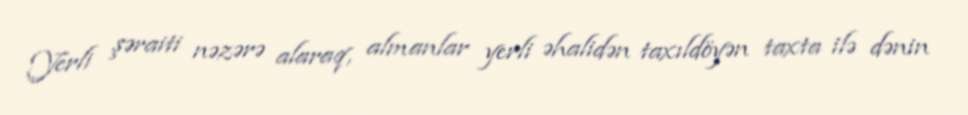
Yerli şəraiti nəzərə alaraq, almanlar yerli əhalidən taxıldöyən taxta ilə dənin